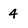
Character: 4